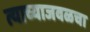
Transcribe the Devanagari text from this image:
त्याच्याजवळचा